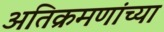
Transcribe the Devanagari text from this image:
अतिक्रमणांच्या